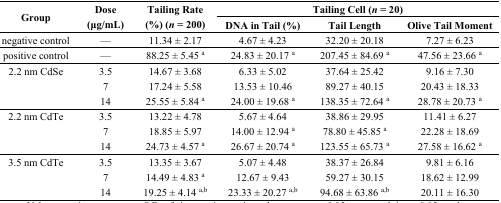
| <ROWSPAN=2> Group | <ROWSPAN=2> Dose (μg/mL) | <ROWSPAN=2> Tailing Rate (%) (n = 200) | <COLSPAN=3> Tailing Cell (n = 20) |
 | DNA in Tail (%) | Tail Length | Olive Tail Moment |
 | --- | --- | --- | --- | --- | --- |
 | negative control | — | 11.34 ± 2.17 | 4.67 ± 4.23 | 32.20 ± 20.18 | 7.27 ± 6.23 |
 | positive control | — | 88.25 ± 5.45 a | 24.83 ± 20.17 a | 207.45 ± 84.69 a | 47.56 ± 23.66 a |
 | 2.2 nm CdSe | 3.5 | 14.67 ± 3.68 | 6.33 ± 5.02 | 37.64 ± 25.42 | 9.16 ± 7.30 |
 |  | 7 | 17.24 ± 5.58 | 13.53 ± 10.46 | 89.27 ± 40.15 | 20.43 ± 18.33 |
 |  | 14 | 25.55 ± 5.84 a | 24.00 ± 19.68 a | 138.35 ± 72.64 a | 28.78 ± 20.73 a |
 | 2.2 nm CdTe | 3.5 | 13.22 ± 4.78 | 5.67 ± 4.64 | 38.86 ± 29.95 | 11.41 ± 6.27 |
 |  | 7 | 18.85 ± 5.97 | 14.00 ± 12.94 a | 78.80 ± 45.85 a | 22.28 ± 18.69 |
 |  | 14 | 24.73 ± 4.57 a | 26.67 ± 20.74 a | 123.55 ± 65.73 a | 27.58 ± 16.62 a |
 | 3.5 nm CdTe | 3.5 | 13.35 ± 3.67 | 5.07 ± 4.48 | 38.37 ± 26.84 | 9.81 ± 6.16 |
 |  | 7 | 14.49 ± 4.83 a | 12.67 ± 9.43 | 59.27 ± 30.15 | 18.62 ± 12.99 |
 |  | 14 | 19.25 ± 4.14 a,b | 23.33 ± 20.27 a,b | 94.68 ± 63.86 a,b | 20.11 ± 16.30 |